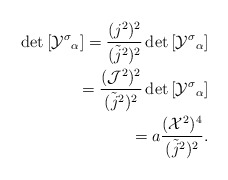
\begin{align*}{\rm det} \left[ {{\cal Y}^{\sigma}}_{\alpha} \right] = \frac{(j^2)^2}{({\tilde j}^2)^2} \, {\rm det} \left[ {{\cal Y}^{\sigma}}_{\alpha} \right] \\ = \frac{({\cal J}^2)^2} {({\tilde j}^2)^2} \, {\rm det} \left[ {{\cal Y}^{\sigma}}_{\alpha} \right] \\ = a \frac{({\cal X}^2)^4} {({\tilde j}^2)^2}.\end{align*}